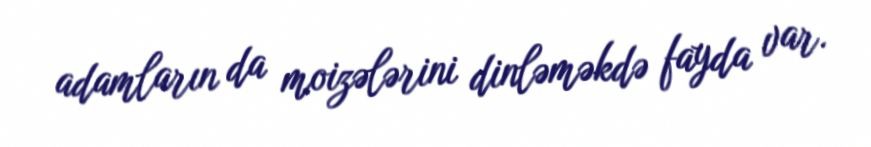
adamların da moizələrini dinləməkdə fayda var.